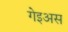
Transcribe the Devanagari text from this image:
गेइअस